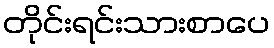
တိုင်းရင်းသားစာပေ